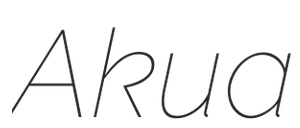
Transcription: Akua